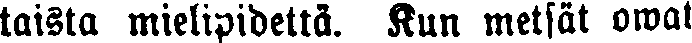
taista mielipidettä. Kun metsät owat